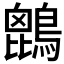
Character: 𪄆